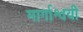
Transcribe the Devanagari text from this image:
मार्गाश्वयी